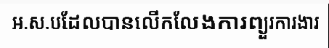
អ.ស.បដែលបានលើកលែងការព្យួរការងារ